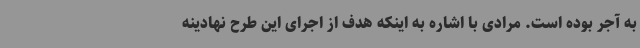
به آجر بوده است. مرادی با اشاره به اینکه هدف از اجرای این طرح نهادینه